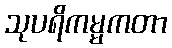
သုပရိကမ္မကတာ